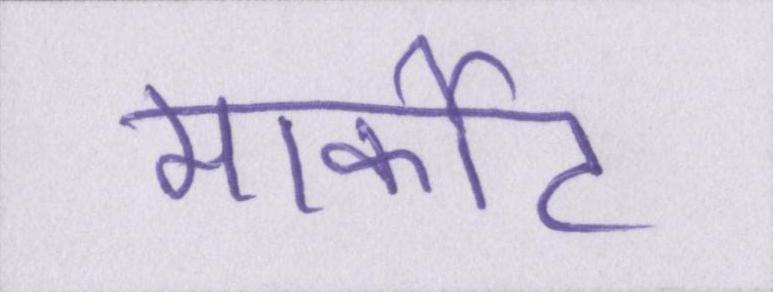
मार्कीट